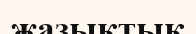
жазықтық